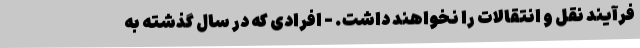
فرآیند نقل و انتقالات را نخواهند داشت. - افرادی که در سال گذشته به